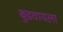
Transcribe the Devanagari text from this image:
बुडवायला